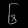
Digit: ၆